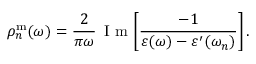
\rho _ { n } ^ { \mathrm { m } } ( \omega ) = \frac { 2 } { \pi \omega } \, \mathrm { ~ I ~ m ~ } \! \left[ \frac { - 1 } { \varepsilon ( \omega ) - \varepsilon ^ { \prime } ( \omega _ { n } ) } \right] .